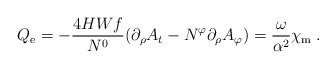
\begin{align*}Q_{\rm e}=-\frac{4HWf}{N^0}(\partial_{\rho}A_t-N^{\varphi} \partial_{\rho} A_{\varphi})=\frac{\omega}{\alpha^2} \chi_{\rm m} \:.\end{align*}